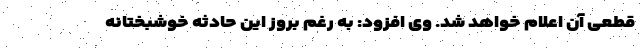
قطعی آن اعلام خواهد شد. وی افزود: به رغم بروز این حادثه خوشبختانه